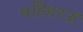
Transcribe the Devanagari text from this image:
पहिहरऊँ